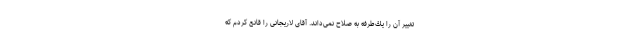
تغییر آن را یك‌طرفه به صلاح نمى‌داند. آقاى لاریجانى را قانع كردم كه